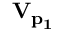
\bf V _ { p _ { 1 } }